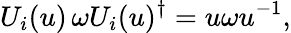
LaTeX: U_{i}(u)\, \omega U_{i}(u)^{\dagger}=u\omega u^{-1},